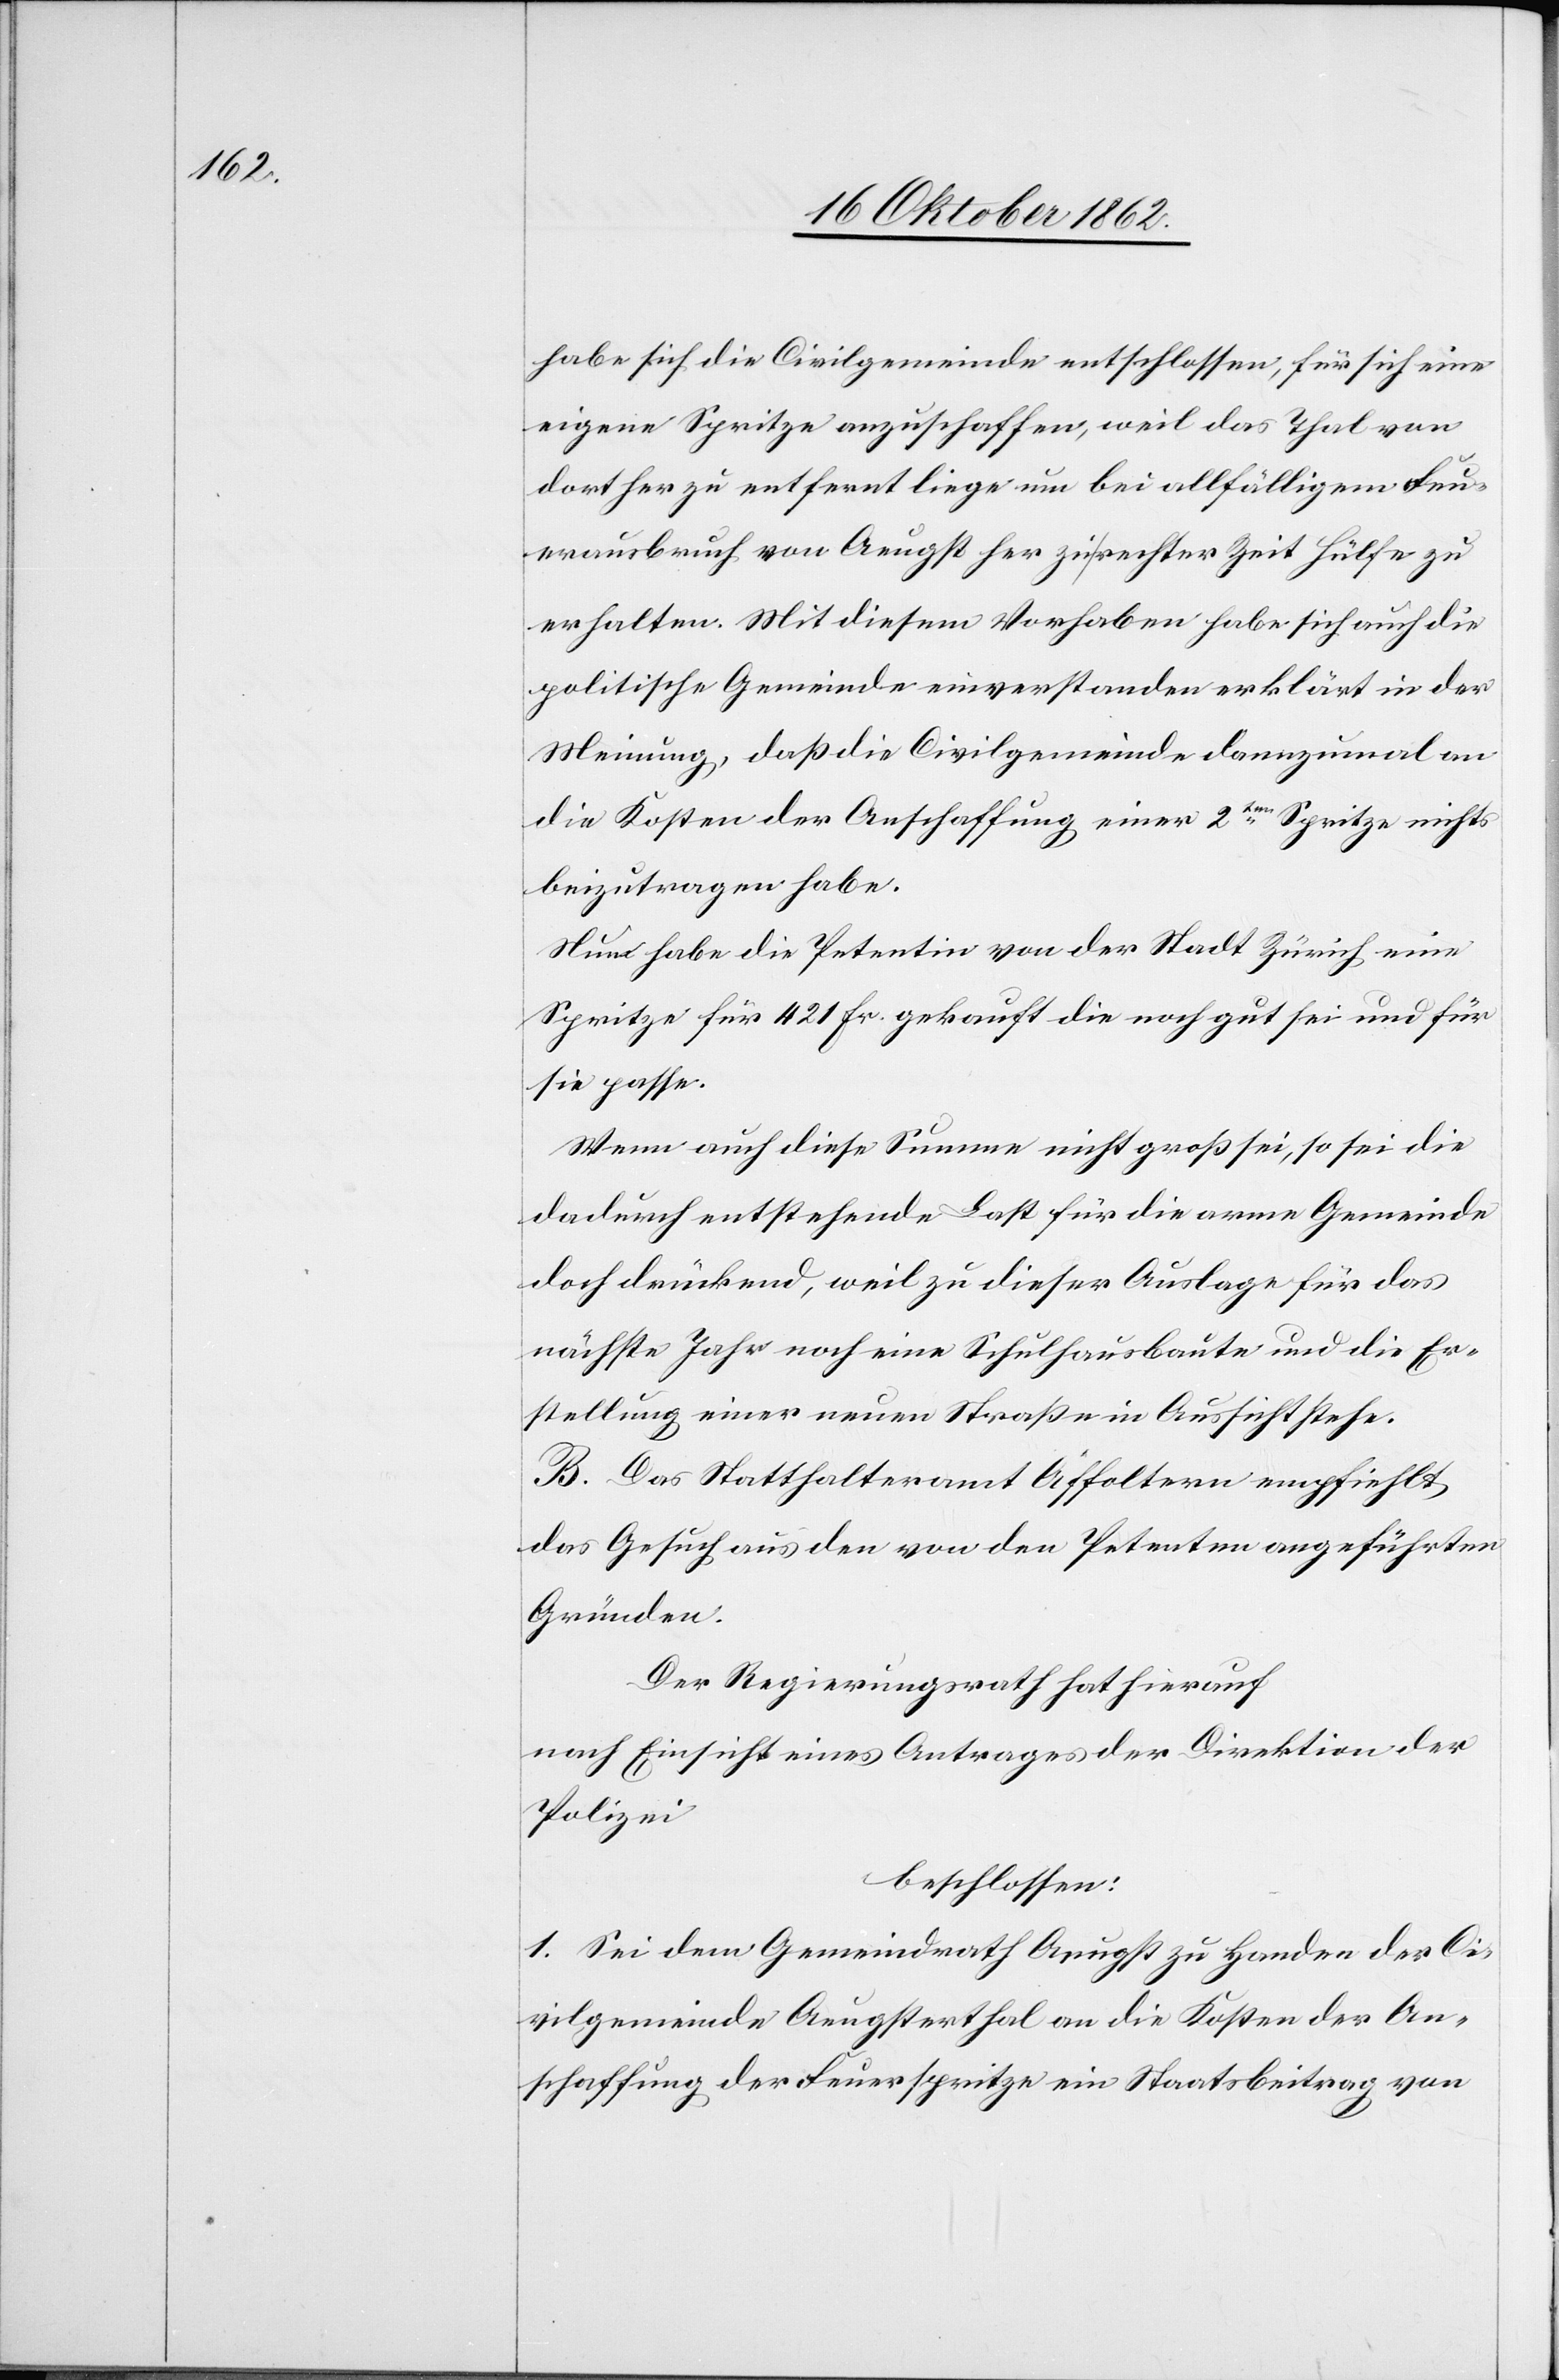
habe sich die Civilgemeinde entschlossen, für sich eine
eigene Spritze anzuschaffen, weil das Thal von
dort her zu entfernt liege um bei allfälligem Feu¬
erausbruch von Aeugst her zu rechter Zeit Hülfe zu
erhalten. Mit diesem Vorhaben habe sich auch die
politische Gemeinde einverstanden erklärt in der
Meinung, daß die Civilgemeinde dannzumal an
die Kosten der Anschaffung einer 2ten Spritze nichts
beizutragen habe.
Nun habe die Petentin von der Stadt Zürich eine
Spritze für 421 Fr. gekauft die noch gut sei und für
sie passe.
Wenn auch diese Summe nicht groß sei, so sei die
dadurch entstehende Last für die arme Gemeinde
doch drückend, weil zu dieser Auslage für das
nächste Jahr noch eine Schulhausbaute und die Er¬
stellung einer neuen Straße in Aussicht stehe.
B. Das Statthalteramt Affoltern empfiehlt
das Gesuch aus den von den Petenten angeführten
Gründen.
Der Regierungsrath hat hierauf
nach Einsicht eines Antrages der Direktion der
Polizei
beschlossen:
1. Sei dem Gemeindrath Aeugst zu Handen der Ci¬
vilgemeinde Aeugsterthal an die Kosten der An¬
schaffung der Feuerspritze ein Staatsbeitrag von